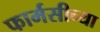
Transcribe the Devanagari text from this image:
फार्मसीच्या